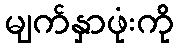
မျက်နှာဖုံးကို